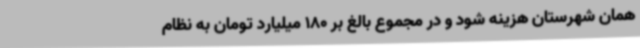
همان شهرستان هزینه شود و در مجموع بالغ بر 180 میلیارد تومان به نظام